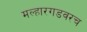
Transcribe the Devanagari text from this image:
मल्हारगडवरच